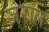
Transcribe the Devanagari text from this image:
जराल